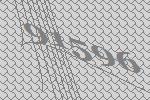
91596